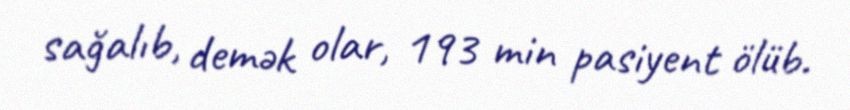
sağalıb, demək olar, 193 min pasiyent ölüb.